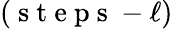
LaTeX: (\mathrm{~s~t~e~p~s~}-\ell)